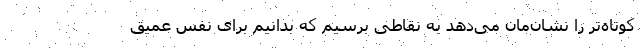
کوتاه‌تر را نشان‌مان می‌دهد به نقاطی برسیم که بدانیم برای نفس عمیق